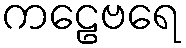
ကဠေဗရေ